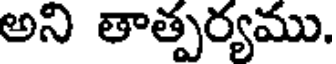
అని తాత్పర్యము.